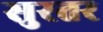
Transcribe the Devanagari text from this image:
सुरतर